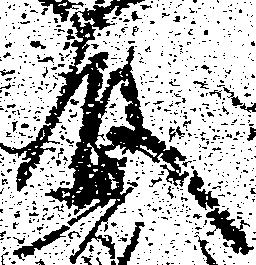
藤